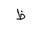
Letter: _za